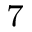
^ 7